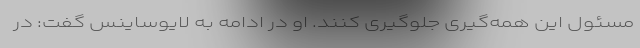
مسئول این‌ همه‌گیری جلوگیری کنند. او در ادامه به لایوساینس گفت: در